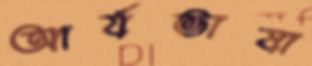
আর্যভাষা